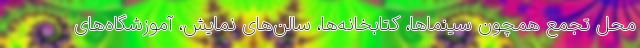
محل تجمع همچون سینماها، کتابخانه‌ها، سالن‌های نمایش، آموزشگاه‌های